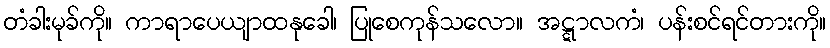
တံခါးမုခ်ကို။ ကာရာပေယျာထနုခေါ၊ ပြုစေကုန်သလော။ အဋ္ဋာလကံ၊ ပန်းစင်ရင်တားကို။